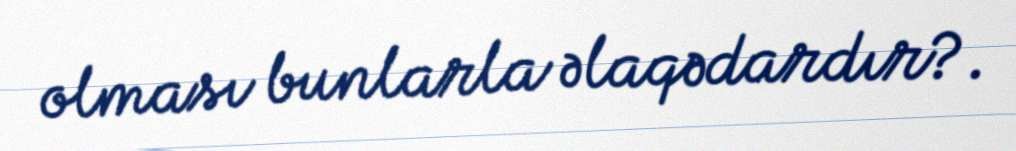
olması bunlarla əlaqədardır?.